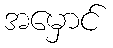
အမှောင်